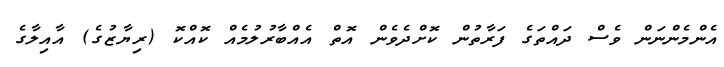
އެންމެންނަން ވެސް ދައްތަގެ ފަރާތުން ކޮށްދެވެން އޮތް އެއްބާރުލުމެއް ކޮއްކޮ (ރިޔާޒުގެ) އާއިލާގެ